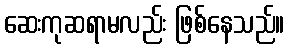
ဆေးကုဆရာမလည်း ဖြစ်နေသည်။